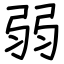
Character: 弱